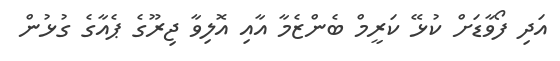
އަދި ފޯވާޑަށް ކުޅޭ ކަރީމް ބެންޒެމާ އާއި އޮލިވާ ޖިރޫގެ ޕެއާގެ ގުޅުން